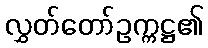
လွှတ်တော်ဥက္ကဋ္ဌ၏